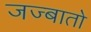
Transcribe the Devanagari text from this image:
जज्बातो